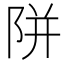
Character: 𨹗